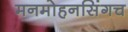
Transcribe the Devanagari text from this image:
मनमोहनसिंगच